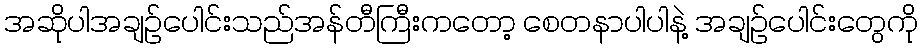
အဆိုပါအချဥ်ပေါင်းသည်အန်တီကြီးကတော့ စေတနာပါပါနဲ့ အချဥ်ပေါင်းတွေကို